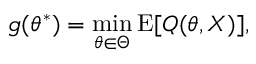
g ( \theta ^ { * } ) = \operatorname* { m i n } _ { \theta \in \Theta } \operatorname { E } [ Q ( \theta , X ) ] ,